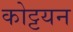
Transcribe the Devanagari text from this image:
कोट्टयन